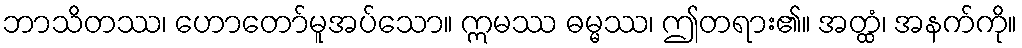
ဘာသိတဿ၊ ဟောတော်မူအပ်သော။ ဣမဿ ဓမ္မဿ၊ ဤတရား၏။ အတ္ထံ၊ အနက်ကို။